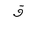
Letter: _qaf